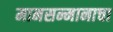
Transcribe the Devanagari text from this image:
मानसन्मानाचा